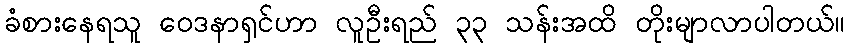
ခံစားနေရသူ ဝေဒနာရှင်ဟာ လူဦးရည် ၃၃ သန်းအထိ တိုးမျာလာပါတယ်။